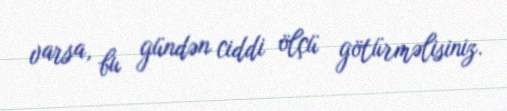
varsa, bu gündən ciddi ölçü götürməlisiniz.